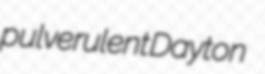
pulverulent Dayton